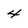
Character: 4